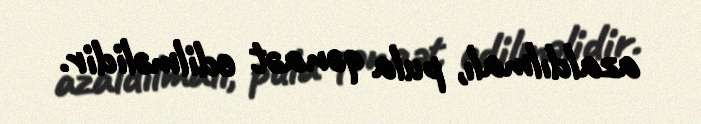
azaldılmalı, pula qənaət edilməlidir.